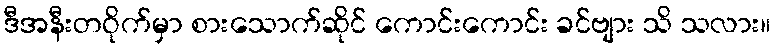
ဒီအနီးတဝိုက်မှာ စားသောက်ဆိုင် ကောင်းကောင်း ခင်ဗျား သိ သလား။